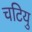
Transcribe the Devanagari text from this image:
चटियु